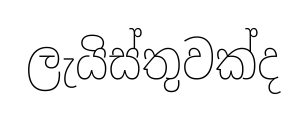
ලැයිස්තුවක්ද